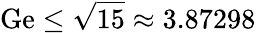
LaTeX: \mathrm{Ge}\le\sqrt{15}\approx 3.87298